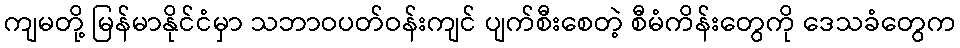
ကျမတို့ မြန်မာနိုင်ငံမှာ သဘာဝပတ်ဝန်းကျင် ပျက်စီးစေတဲ့ စီမံကိန်းတွေကို ဒေသခံတွေက